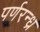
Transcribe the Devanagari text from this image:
पर्णरन्ध्र